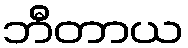
ဘီတာယ